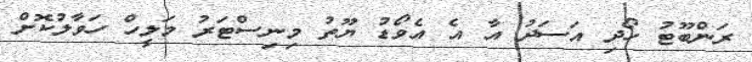
ރަންބޫޓު ހޯދި އަސަދު އާ އެ އެވޯޑު ޔޫތު މިނިސްޓަރު މަލީހް ހަވާލުކޮށް